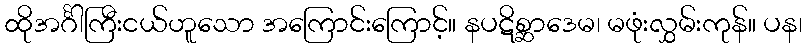
ထိုအင်္ဂါကြီးငယ်ဟူသော အကြောင်းကြောင့်။ နပဋိစ္ဆာဒေမ၊ မဖုံးလွှမ်းကုန်။ ပန၊